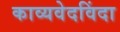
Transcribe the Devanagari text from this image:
काव्यवेदविंदा